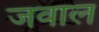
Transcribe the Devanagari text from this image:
जवाल